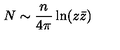
N \sim \frac { n } { 4 \pi } \ln ( z \bar { z } )